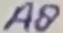
Text: A8